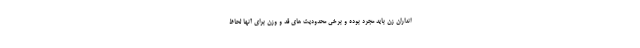
انداران زن باید مجرد بوده و برخی محدودیت های قد و وزن برای آنها لحاظ